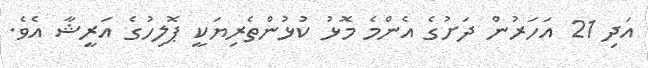
އަދި 21 އަހަރުން ދަށުގެ އެންމެ މޮޅު ކުޅުންތެރިޔަކީ ޕޮލިހުގެ އަރީޝާ އެވެ.